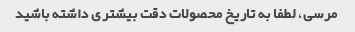
مرسی، لطفا به تاریخ محصولات دقت بیشتری داشته باشید